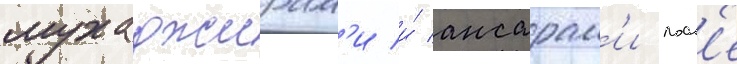
мухаджирам'и и́ ансарам'и посл'е